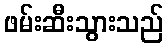
ဖမ်းဆီးသွားသည်